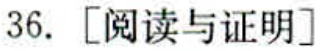
36. [阅读与证明]